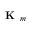
\textbf { K } _ { m }